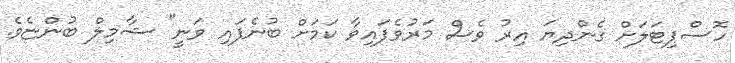
ހޮސްޕިޓަލަށް ގެންދިޔަ އިރު ވެސް މަރުވެފައިވާ ކަމަށް ބުނެފައި ވަނީ" ޝާމިލް ބުންޏެވެ.